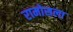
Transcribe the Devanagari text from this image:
रामोसला